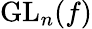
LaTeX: {\mathrm{GL}}_{n}(f)